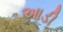
આડી